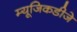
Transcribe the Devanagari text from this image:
म्यूजिकडीजे